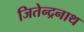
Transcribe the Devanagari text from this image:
जितेन्द्रनाथ